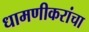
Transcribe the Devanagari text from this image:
धामणीकरांचा